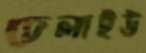
চেলাইউ